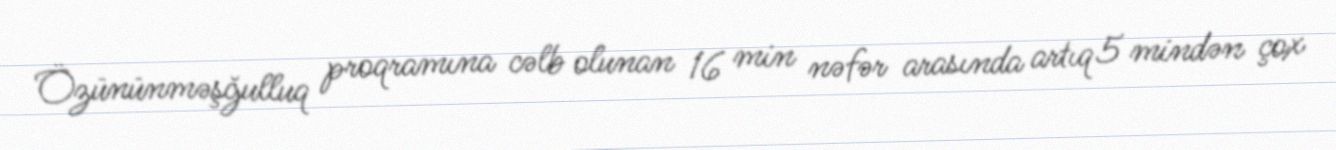
Özününməşğulluq proqramına cəlb olunan 16 min nəfər arasında artıq 5 mindən çox